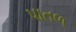
પાતળ